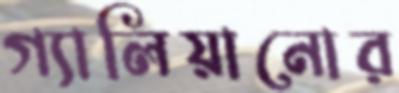
গ্যালিয়ানোর